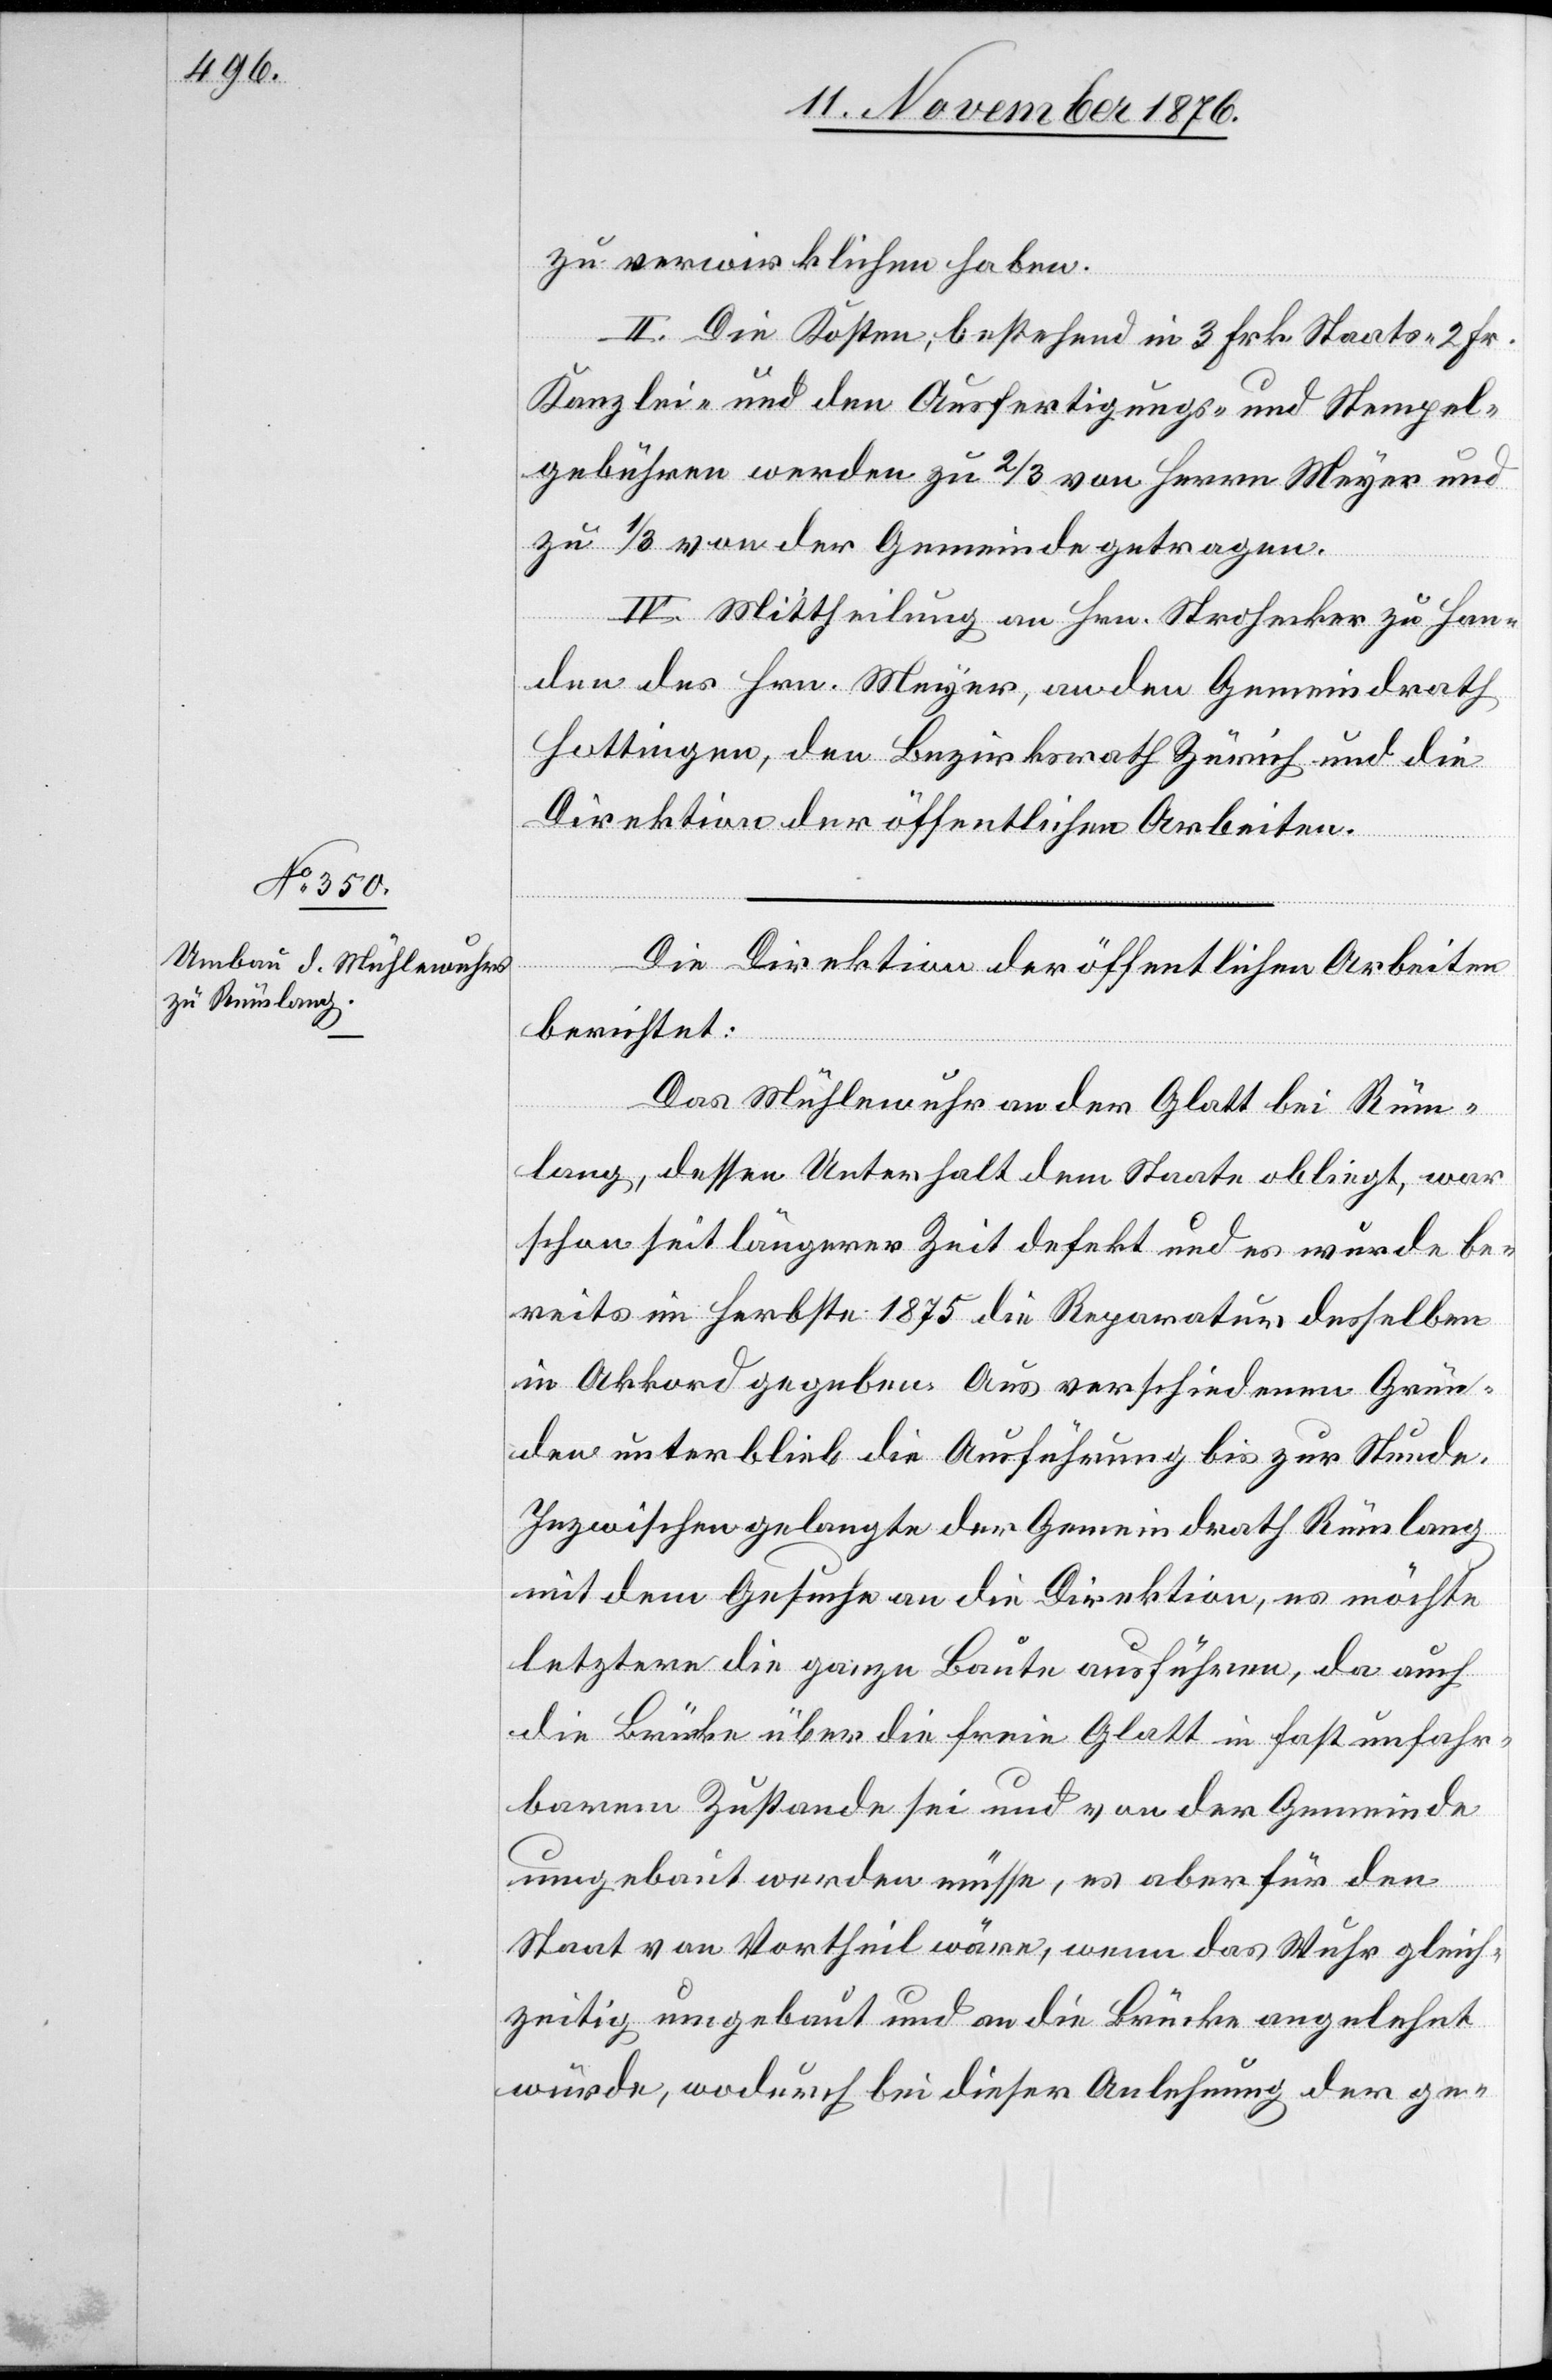
zu verwirklichen haben.
c!] Die Kosten, bestehend in 3 Frk. Staats- 2 Frk.
Kanzlei- und den Ausfertigungs- und Stempel¬
gebühren werden zu 2/3 von Herrn Meyer und
zu 1/3 von der Gemeinde getragen.
IV. Mittheilung an Hrn. Strohecker zu Han¬
den des Hrn. Meyer, an den Gemeindrath
Hottingen, den Bezirksrath Zürich und die
Direktion der öffentlichen Arbeiten.
Die Direktion der öffentlichen Arbeiten
berichtet:
[si¬
Das Mühlewuhr an der Glatt bei Rüm¬
lang, dessen Unterhalt dem Staate obliegt, war
schon seit längerer Zeit defekt und es wurde be¬
reits im Herbste 1875 die Reparatur desselben
in Akkord gegeben. Aus verschiedenen Grün¬
den unterblieb die Ausführung bis zur Stunde.
Inzwischen gelangte der Gemeindrath Rümlang
mit dem Gesuche an die Direktion, es möchte
letztere die ganze Baute ausführen, da auch
die Brücke über die freie Glatt in fast unfahr¬
barem Zustande sei und von der Gemeinde
umgebaut werden müsse, es aber für den
Staat von Vortheil wäre, wenn das Wuhr gleich¬
zeitig umgebaut und an die Brücke angelehnt
würde, wodurch bei dieser Anlehnung der ge-